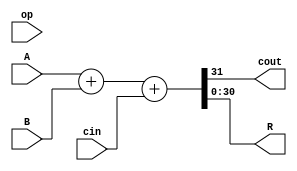
module Adder #(
    parameter N=31
) (
    input cin,
    input [N-1:0]A,B,
    input [1:0]op,
    output reg cout,
    output reg[N-1:0]R 
);
    always @* begin
        {cout,R}=A+B+cin;
    end
endmodule